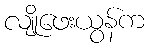
လျိုဖေးယွန်က